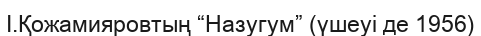
І.Қожамияровтың “Назугум” (үшеуі де 1956)